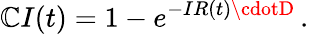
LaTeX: \mathbb{C}I(t)=1-e^{-IR(t)\cdotD}\, .